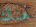
هناك